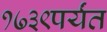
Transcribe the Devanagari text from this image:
१७३९पर्यंत